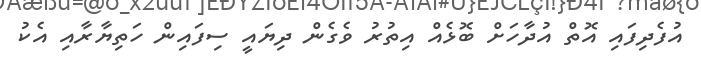
އުފެދިފައި އޮތް އުދާހަށް ބޮޅެއް އިތުރު ވެގެން ދިޔައީ ސިފައިން ހަތިޔާރާއި އެކު